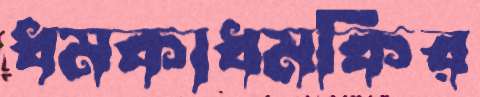
ধমকাধমকির